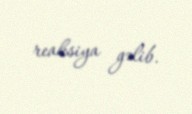
reaksiya gəlib.